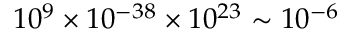
1 0 ^ { 9 } \times 1 0 ^ { - 3 8 } \times 1 0 ^ { 2 3 } \sim 1 0 ^ { - 6 }